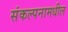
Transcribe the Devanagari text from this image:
संकल्पनामधील